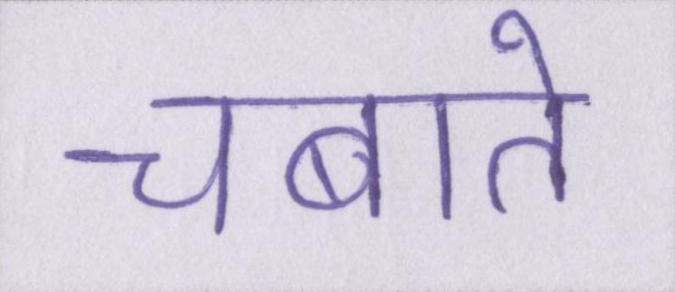
चबाते